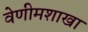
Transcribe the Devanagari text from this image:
वेणीमशाखा